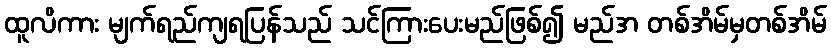
ထူလိကား မျက်ရည်ကျရပြန်သည် သင်ကြားပေးမည်ဖြစ်၍ မည်အ တစ်အိမ်မှတစ်အိမ်